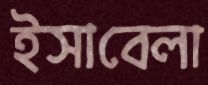
ইসাবেলা